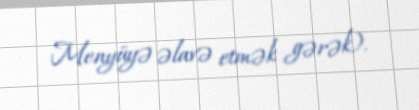
Menyüyə əlavə etmək gərək).